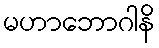
မဟာဘောဂါနိ